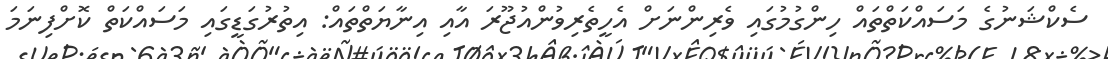
ސެކްޝަނުގެ މަސައްކަތްތައް ހިންގުމުގައި ވެރިންނަށް އެހީތެރިވުންއުޖޫރަ އާއި އިނާޔަތްތައް: އިތުރުގަޑީގައި މަސައްކަތް ކޮށްފިނަމަ